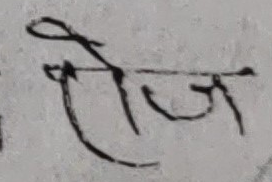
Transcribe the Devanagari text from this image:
रोज